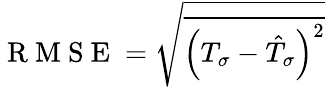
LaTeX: \mathrm{~R~M~S~E~}=\sqrt{\overline{{{\left(T_{\sigma}-\hat{T}_{\sigma}\right)}^{2}}}}